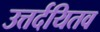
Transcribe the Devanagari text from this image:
उत्तर्दयितव